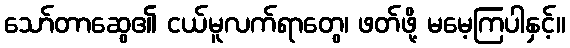
သော်တာဆွေ၏ ငယ်မူလက်ရာတွေ၊ ဖတ်ဖို့ မမေ့ကြပါနှင့်။